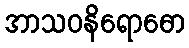
အာသဝနိရောဓော